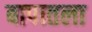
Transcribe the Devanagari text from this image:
बापातला